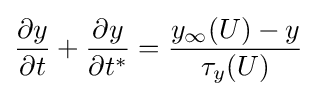
{\partial y \over \partial t}+{\partial y \over \partial t^{*}}={y_{\infty }(U)-y \over \tau _{y}(U)}